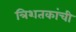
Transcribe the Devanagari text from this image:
त्रिशतकांची